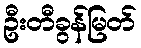
ဦးတီခွန်မြတ်